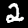
Digit: 2